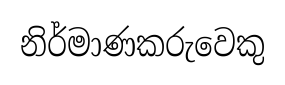
නිර්මාණකරුවෙකු